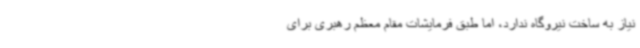
نیاز به ساخت نیروگاه ندارد، اما طبق فرمایشات مقام معظم رهبری برای